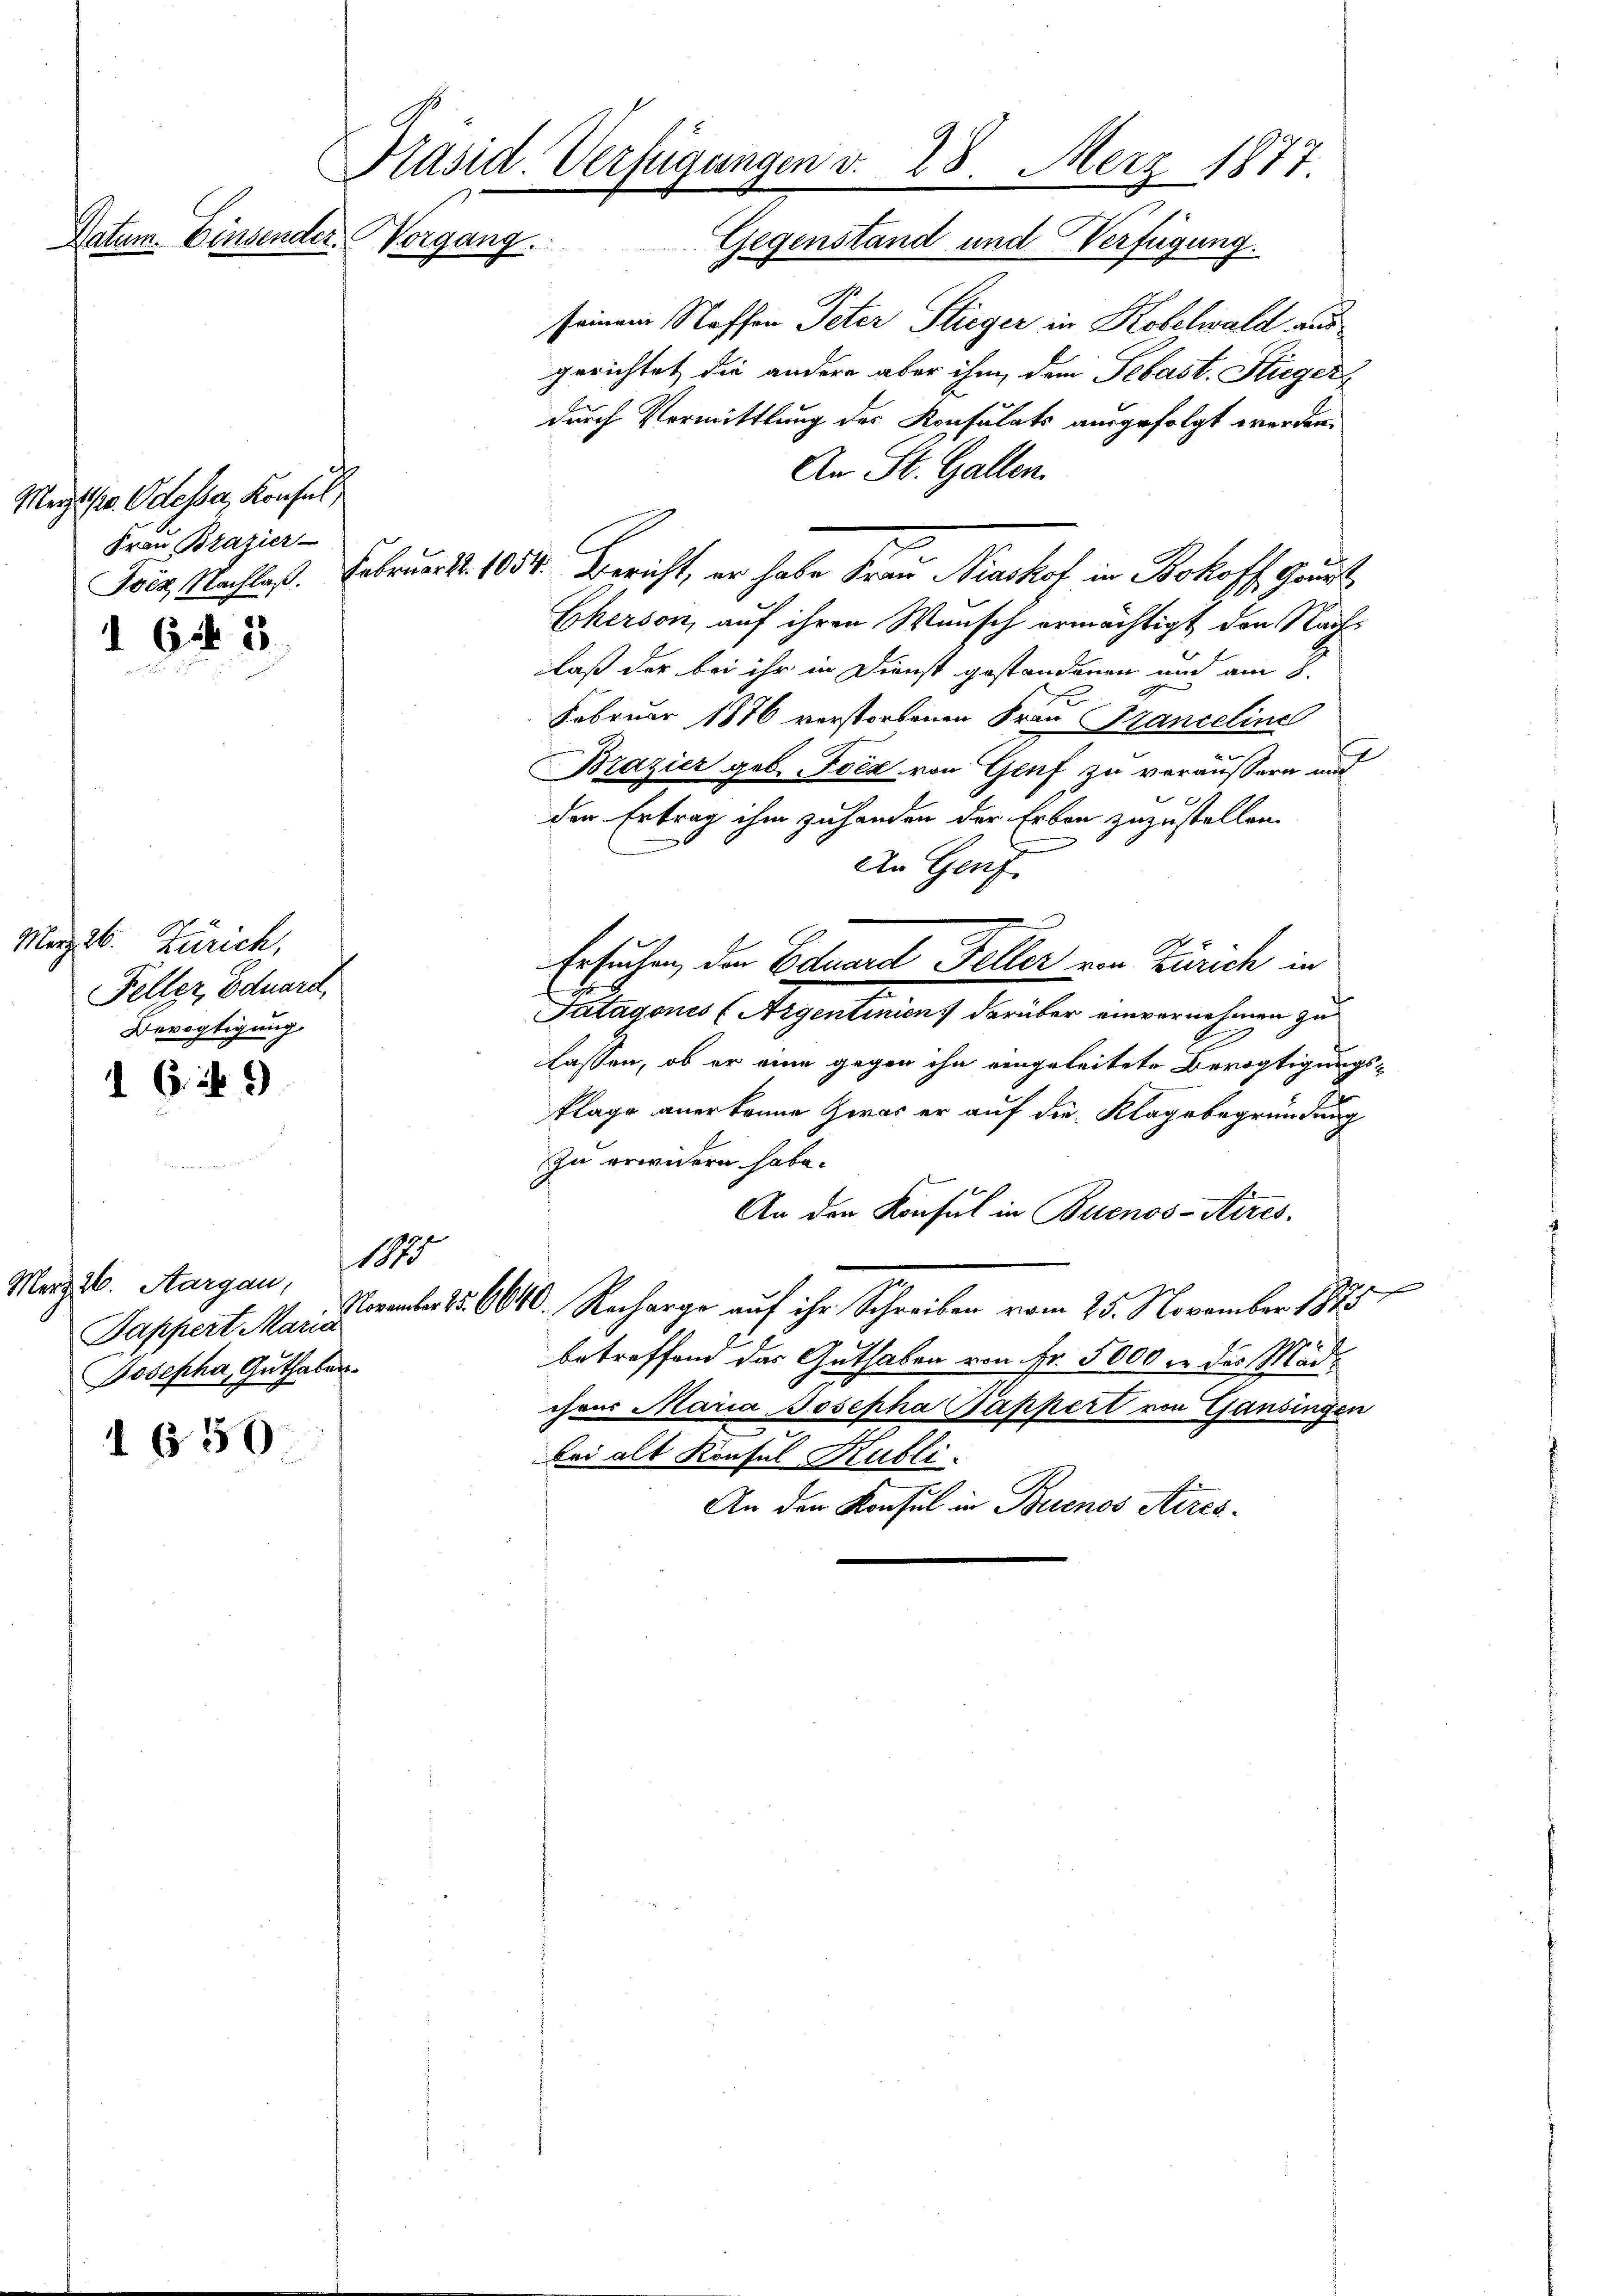
Präsid. Verfügungen v. 28. Merz 1877.
Emperatet
t
Worgang
Gegenstand und Verfügung.

Marzt (s. Odesser, Konsul,
Frau Brazier

165

März 26. Zürich,
Feller Eduard,
Bevogtigung

6. 19

Macht. Augen,
Josepha, Guthaben.

1650.

seinem Stoffen Peter Stieger in Kobelwald aus
gerichtet, die andere aber ihm dem Sebast. Stieger
durch Vermittlung des Konsulats ausgefolgt werden.
An St. Gallen.
Foig Nachlaß. Februar d. 1054. Bericht, er habe Frau Nashof in Bokoff. Gaut
Cherson, auf ihren Wunsch ermächtigt den Nachlaß der bei ihr in Dienst gestandenen und am 8.
.
Februar 1876 verstorbenen Frau Sanceline
g
Brazier geb. Bock von Genf zu veräußern und
 x
den Ertrag ihm zuhanden der Erben zuzustellen.
An Genf
Ersuchen, der Eduard Feller von Zürich in
Patagones (Agentenant darüber unvernehmen zu
lassen, ob er eine gegen ihn eingeleitete Bevogtigungsklage anerkenne Zwas er auf die Klage begründung
zu erwidern habe.
An den Konsul in Buenos-Arres
Sappert Mar. Art. 15. 6640. Recharge auf ihr Schreiben vom 25. November 1875
betreffend das Guthaben von ihr 5000 m des Mädchres Maria Josepha Pappert von Gansingen
bei alt Konsul Kubli
An den Konsul in Buenos Aires.